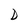
Character: D